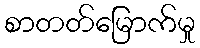
စာတတ်မြောက်မှု